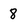
Character: 8